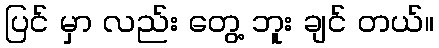
ပြင် မှာ လည်း တွေ့ ဘူး ချင် တယ်။